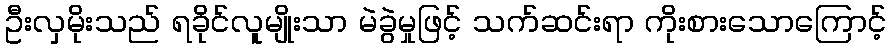
ဦးလှမိုးသည် ရခိုင်လူမျိုးသာ မဲခွဲမှုဖြင့် သက်ဆင်းရာ ကိုးစားသောကြောင့်